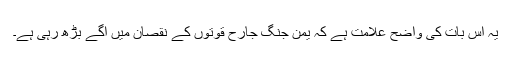
یہ اس بات کی واضح علامت ہے کہ یمن جنگ جارح قوتوں کے نقصان میں آگے بڑھ رہی ہے۔